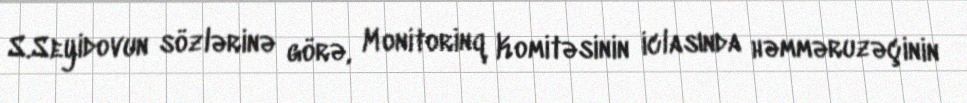
S.Seyidovun sözlərinə görə, Monitorinq Komitəsinin iclasında həmməruzəçinin